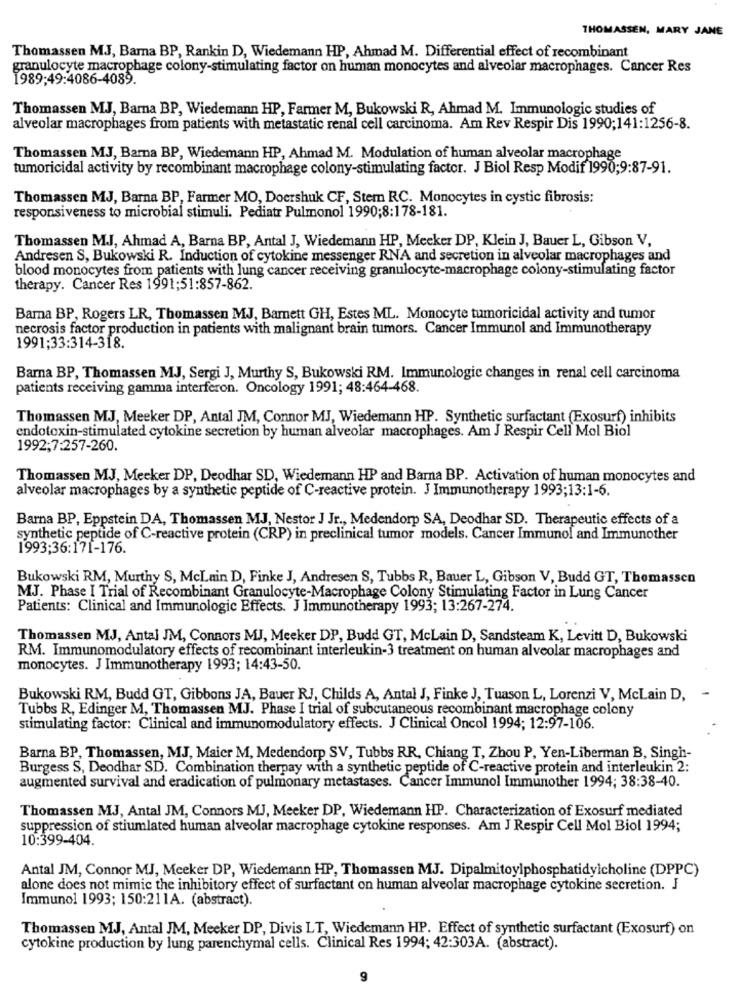
THOMASSEN, MARY JANE
Thomassen MJ, Barna BP, Rankin D, Wiedemann HP, Ahmad M. Differential effect of recombinant
granulocyte macrophage colony-stimulating factor on human monocytes and alveolar macrophages. Cancer Res
1989:49:4086-4089.
Thomassen MJ, Barna BP, Wiedemann HP, Farmer M, Bukowski R, Ahmad M. Immunologic studies of
alveolar macrophages from patients with metastatic renal cell carcinoma. Am Rev Respir Dis 1990;141:1256-8.
Thomassen MJ, Barna BP, Wiedemann HP, Ahmad M. Modulation of human alveolar macrophage
tumoricidal activity by recombinant macrophage colony-stimulating factor. J Biol Resp Modif 1990;9:87-91.
Thomassen MJ, Barna BP, Farmer MO, Doershuk CF, Stem RC. Monocytes in cystic fibrosis:
responsiveness to microbial stimuli. Pediatr Pulmonol 1990;8:178-181.
Thomassen MJ, Ahmad A, Barna BP, Antal J, Wiedemann HP, Mecker DP, Klein J, Bauer L, Gibson V,
Andresen S, Bukowski R. Induction of cytokine messenger RNA and secretion in alveolar macrophages and
blood monocytes from patients with lung cancer receiving granulocyte-macrophage colony-stimulating factor
therapy. Cancer Res 1991:51:857-862.
Barna BP, Rogers LR, Thomassen MJ, Barnett GH, Estes ML. Monocyte tumoricidal activity and tumor
necrosis factor production in patients with malignant brain tumors. Cancer Immunol and Immunotherapy
1991;33:314-318.
Barna BP, Thomassen MJ, Sergi J, Murthy S, Bukowski RM. Immunologic changes in renal cell carcinoma
patients receiving gamma interferon. Oncology 1991; 48:464-468.
Thomassen MJ, Meeker DP, Antal JM, Connor MJ, Wiedemann HP. Synthetic surfactant (Exosurf) inhibits
endotoxin-stimulated cytokine secretion by human alveolar macrophages. Am J Respir Cell Mol Biol
1992;7:257-260.
Thomassen MJ, Mecker DP, Deodhar SD, Wiedemann HP and Barna BP. Activation of human monocytes and
alveolar macrophages by a synthetic peptide of C-reactive protein. J Immunotherapy 1993;13:1-6.
Barna BP, Eppstein DA, Thomassen MJ, Nestor J Jr ., Medendorp SA, Deodhar SD. Therapeutic effects of a
synthetic peptide of C-reactive protein (CRP) in preclinical tumor models. Cancer Immunol and Immunother
1993:36:171-176.
Bukowski RM, Murthy S, McLain D, Finke J, Andresen S, Tubbs R, Bauer L, Gibson V, Budd GT, Thomassen
MJ. Phase I Trial of Recombinant Granulocyte-Macrophage Colony Stimulating Factor in Lung Cancer
Patients: Clinical and Immunologic Effects. J Immunotherapy 1993; 13:267-274.
Thomassen MJ, Antal JM, Connors MJ, Meeker DP, Budd GT, McLain D, Sandsteam K, Levitt D, Bukowski
RM. Immunomodulatory effects of recombinant interleukin-3 treatment on human alveolar macrophages and
monocytes. J Immunotherapy 1993; 14:43-50.
Bukowski RM, Budd GT, Gibbons JA, Bauer RJ, Childs A, Antal J, Finke J, Tuason L, Lorenzi V, McLain D,
Tubbs R, Edinger M, Thomassen MJ. Phase I trial of subcutaneous recombinant macrophage colony
stimulating factor: Clinical and immunomodulatory effects. J Clinical Oncol 1994; 12:97-106.
Barna BP, Thomassen, MJ, Maier M, Medendorp SV, Tubbs RR, Chiang T, Zhou P, Yen-Liberman B, Singh-
Burgess S, Deodhar SD. Combination therpay with a synthetic peptide of C-reactive protein and interleukin 2:
augmented survival and eradication of pulmonary metastases. Cancer Immunol Immunother 1994; 38:38-40.
Thomassen MJ, Antal JM, Connors MJ, Meeker DP, Wiedemann HP. Characterization of Exosurf mediated
suppression of stiumlated human alveolar macrophage cytokine responses. Am J Respir Cell Mol Biol 1994;
10:399-404.
Antal JM, Connor MJ, Meeker DP, Wiedemann HP, Thomassen MJ. Dipalmitoylphosphatidylcholine (DPPC)
alone does not mimic the inhibitory effect of surfactant on human alveolar macrophage cytokine secretion. J
Immunol 1993; 150:211A. (abstract).
Thomassen MJ, Antal JM, Mecker DP, Divis LT, Wiedemann HP. Effect of synthetic surfactant (Exosurf) on
cytokine production by lung parenchymal cells. Clinical Res 1994; 42:303A. (abstract).